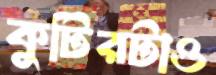
কুটিরটাও